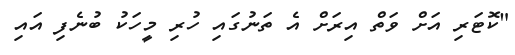
"ކޮޓަރި އަށް ވަތް އިރަށް އެ ތަނުގައި ހުރި މީހަކު ބުނެފި އައި